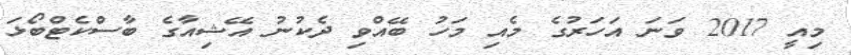
މިއީ 2017 ވަނަ އަހަރުގެ މެއި މަހު ބޭއްވި ދެކުނު އޭޝިއާގެ ބާސްކެޓްބޯޅަ